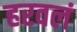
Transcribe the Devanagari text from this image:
हरवलं